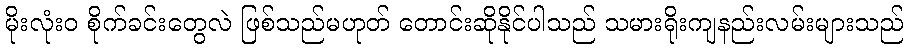
မိုးလုံး၀ စိုက်ခင်းတွေလဲ ဖြစ်သည်မဟုတ် တောင်းဆိုနိုင်ပါသည် သမားရိုးကျနည်းလမ်းများသည်